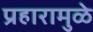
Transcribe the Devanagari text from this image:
प्रहारामुळे